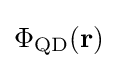
\Phi _{\text{QD}}(\mathbf {r} )